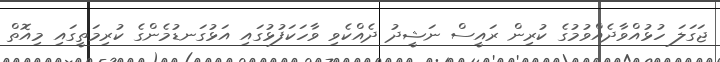
ޖަގަލަ ހުޅުއްވާދެއްވުމުގެ ކުރިން ރައީސް ނަޝީދު ދެއްކެވި ވާހަކަފުޅުގައި އަޅުގަނޑުމެންގެ ކުރިމަތީގައި މިއޮތް